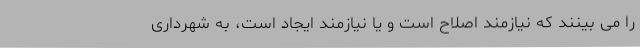
را می بینند که نیازمند اصلاح است و یا نیازمند ایجاد است، به شهرداری